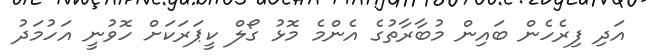
އަދި ފިރެހެން ބައިން މުބާރާތުގެ އެންމެ މޮޅު ގޯލް ކީޕަރަކަށް ހޮވުނީ އަހުމަދު